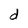
Character: d